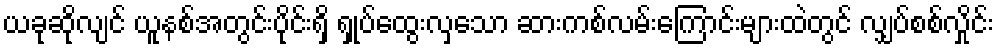
ယခုဆိုလျင် ယူနစ်အတွင်းပိုင်းရှိ ရှုပ်ထွေးလှသော ဆားကစ်လမ်းကြောင်းများထဲတွင် လျှပ်စစ်လှိုင်း